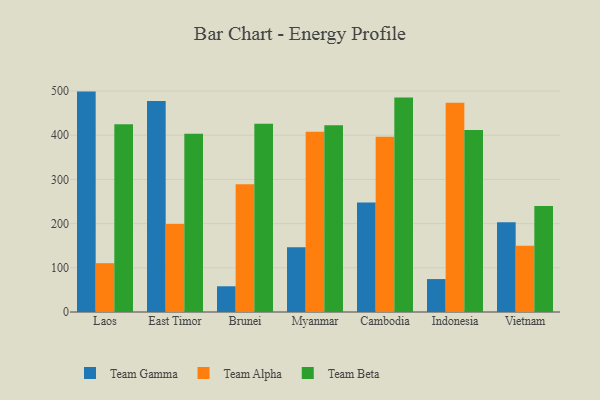
{"axis": {"x": "Country", "y": "LTV (USD)"}, "legend": ["Team Alpha", "Team Beta", "Team Gamma"], "data": [{"x": "Laos", "y": 498.7, "type": "Team Gamma"}, {"x": "Laos", "y": 110.5, "type": "Team Alpha"}, {"x": "Laos", "y": 424.8, "type": "Team Beta"}, {"x": "East Timor", "y": 477.2, "type": "Team Gamma"}, {"x": "East Timor", "y": 199.3, "type": "Team Alpha"}, {"x": "East Timor", "y": 403.2, "type": "Team Beta"}, {"x": "Brunei", "y": 58.2, "type": "Team Gamma"}, {"x": "Brunei", "y": 288.8, "type": "Team Alpha"}, {"x": "Brunei", "y": 426.1, "type": "Team Beta"}, {"x": "Myanmar", "y": 146.7, "type": "Team Gamma"}, {"x": "Myanmar", "y": 408.0, "type": "Team Alpha"}, {"x": "Myanmar", "y": 422.3, "type": "Team Beta"}, {"x": "Cambodia", "y": 248.0, "type": "Team Gamma"}, {"x": "Cambodia", "y": 396.3, "type": "Team Alpha"}, {"x": "Cambodia", "y": 485.5, "type": "Team Beta"}, {"x": "Indonesia", "y": 74.5, "type": "Team Gamma"}, {"x": "Indonesia", "y": 473.4, "type": "Team Alpha"}, {"x": "Indonesia", "y": 411.7, "type": "Team Beta"}, {"x": "Vietnam", "y": 202.9, "type": "Team Gamma"}, {"x": "Vietnam", "y": 150.0, "type": "Team Alpha"}, {"x": "Vietnam", "y": 240.0, "type": "Team Beta"}]}